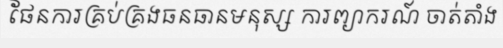
ផែនការគ្រប់គ្រងធនធានមនុស្ស ការព្យាករណ៍ ចាត់តាំង